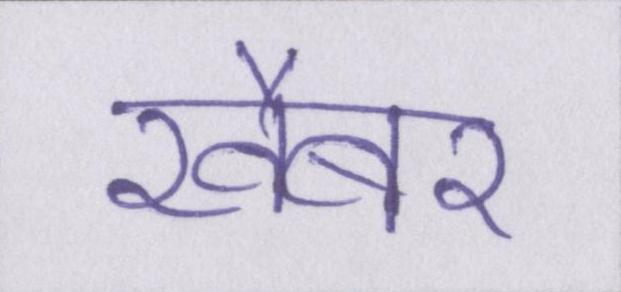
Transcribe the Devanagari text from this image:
खैबर